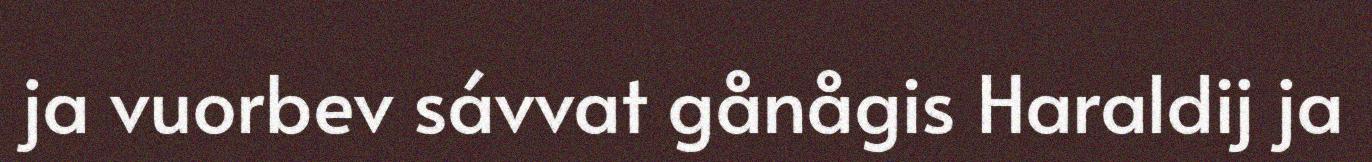
ja vuorbev sávvat gånågis Haraldij ja